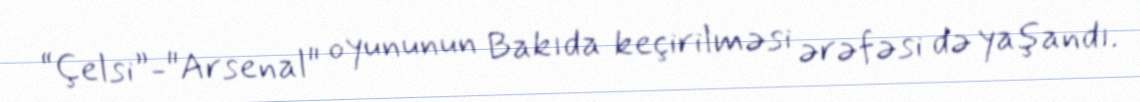
“Çelsi”-"Arsenal" oyununun Bakıda keçirilməsi ərəfəsi də yaşandı.